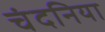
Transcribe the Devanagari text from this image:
चंदनिया